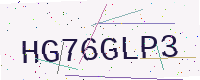
Text: HG76GLP3